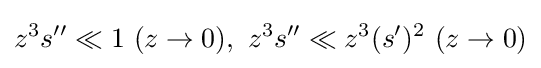
z^{3}s^{\prime \prime }\ll 1\ (z\to 0),\ z^{3}s^{\prime \prime }\ll z^{3}(s^{\prime })^{2}\ (z\to 0)